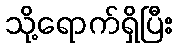
သို့ရောက်ရှိပြီး